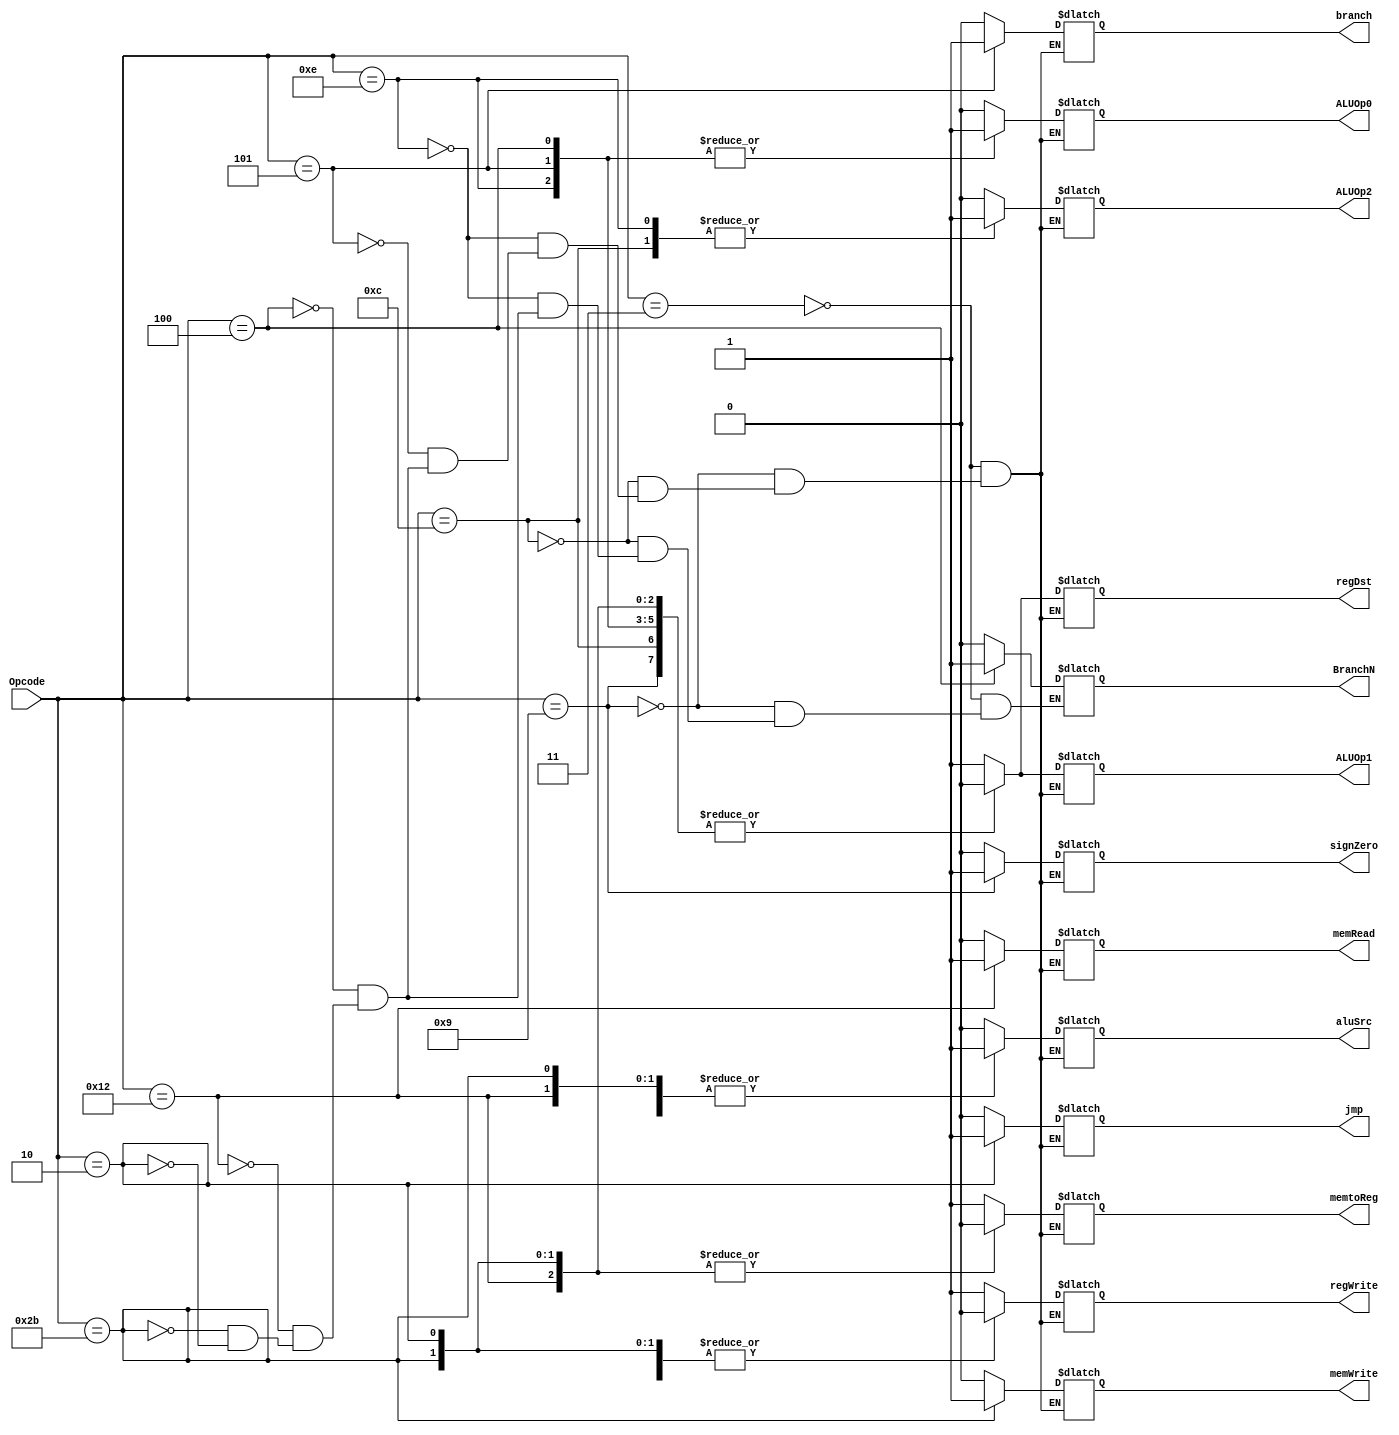
module Control(regDst,aluSrc,memtoReg,regWrite,memRead,
memWrite,branch,BranchN, ALUOp2, ALUOp1, ALUOp0,signZero,jmp, Opcode);

input [5:0] Opcode; 
output reg regDst,aluSrc,memtoReg,regWrite,memRead,
memWrite,branch,BranchN, ALUOp2, ALUOp1, ALUOp0,signZero,jmp;

initial begin 
	jmp=1'b0; //
	branch=1'b0;
	BranchN=1'b0;
end


always @(*)
case(Opcode)

	6'b000011 : begin //R type
		aluSrc= 1'b0; //read data2
		regDst= 1'b1; //use rd in WB
		memtoReg= 1'b1; //alu rsult to register 
		regWrite= 1'b1; //write on register file in WB
		memRead= 1'b0; //don't use data memory 
		memWrite= 1'b0; //don't use data memory 
		branch= 1'b0; //no branch
		BranchN=1'b0; //no branch
		ALUOp2=1'b0;
		ALUOp1=1'b1;
		ALUOp0=1'b0; // ALUOp=010 for R type
		signZero= 1'b0; //no sign
		jmp= 1'b0; //no jump
		end
		
	
	6'b001001 : begin //Addi I type
		aluSrc= 1'b1; //read imm
		regDst= 1'b0; //use rt in WB
		memtoReg= 1'b1; //alu rsult to register 
		regWrite= 1'b1; //write on register file in WB
		memRead= 1'b0; //don't use data memory 
		memWrite= 1'b0; //don't use data memory 
		branch= 1'b0; //no branch
		BranchN=1'b0; //no branch
		ALUOp2=1'b0;
		ALUOp1=1'b0;
		ALUOp0=1'b0; // ALUOp=000 for addi to add
		signZero= 1'b1; //sign
		jmp= 1'b0; //no jump
		end
		
	6'b001100 : begin //andi I type
		aluSrc= 1'b1; //read imm
		regDst= 1'b0; //use rt in WB
		memtoReg= 1'b1; //alu rsult to register 
		regWrite= 1'b1; //write on register file in WB
		memRead= 1'b0; //don't use data memory 
		memWrite= 1'b0; //don't use data memory 
		branch= 1'b0; //no branch
		BranchN=1'b0; //no branch
		ALUOp2=1'b1;
		ALUOp1=1'b0;
		ALUOp0=1'b0; // ALUOp=100 for andi 
		signZero= 1'b0; //no sign
		jmp= 1'b0; //no jump
		end
		
		6'b001110 : begin //ori I type
		aluSrc= 1'b1; //read imm
		regDst= 1'b0; //use rt in WB
		memtoReg= 1'b1; //alu rsult to register 
		regWrite= 1'b1; //write on register file in WB
		memRead= 1'b0; //don't use data memory 
		memWrite= 1'b0; //don't use data memory 
		branch= 1'b0; //no branch
		BranchN=1'b0; //no branch
		ALUOp2=1'b1;
		ALUOp1=1'b0;
		ALUOp0=1'b1; // ALUOp=101 for ori
		signZero= 1'b0; //no sign
		jmp= 1'b0; //no jump
		end
		
	6'b000101 : begin //beq I type
		aluSrc= 1'b0; //read data2
		regDst= 1'b0; //don't care
		memtoReg= 1'b1; //don't care
		regWrite= 1'b0; //don't write on register file in WB
		memRead= 1'b0; //don't use data memory 
		memWrite= 1'b0; //don't use data memory 
		branch= 1'b1; //branch
		ALUOp2=1'b0;
		ALUOp1=1'b0;
		ALUOp0=1'b1; // ALUOp=001 for beq to subtract
		signZero= 1'b0; //sign
		jmp= 1'b0; //no jump
		end
		
		6'b000100 : begin //bnq I type
		aluSrc= 1'b0; //read data2
		regDst= 1'b0; //don't care
		memtoReg= 1'b1; //don't care
		regWrite= 1'b0; //don't write on register file in WB
		memRead= 1'b0; //don't use data memory 
		memWrite= 1'b0; //don't use data memory 
		branch= 1'b0; //branch
		BranchN=1'b1; //no branch
		ALUOp2=1'b0;
		ALUOp1=1'b0;
		ALUOp0=1'b1; // ALUOp=001 for beq to subtract
		signZero= 1'b0; //sign
		jmp= 1'b0; //no jump
		end
		
		6'b010010 : begin //lw I type
		aluSrc= 1'b1; //read imm
		regDst= 1'b0; //use rt in WB
		memtoReg= 1'b0; //rsult from memory to register 
		regWrite= 1'b1; //write on register file in WB
		memRead= 1'b1; //use data memory to read
		memWrite= 1'b0; //don't use data memory 
		branch= 1'b0; //no branch
		BranchN=1'b0; //no branch
		ALUOp2=1'b0;
		ALUOp1=1'b0;
		ALUOp0=1'b0; // ALUOp=000 for LW to add
		signZero= 1'b0; //sign
		jmp= 1'b0; //no jump
		end
		
		6'b101011 : begin //sw I type
		aluSrc= 1'b1; //read imm
		regDst= 1'b0; //dnt care 
		memtoReg= 1'b0; //dnt care
		regWrite= 1'b0; //write on register file in WB
		memRead= 1'b0; //don't use data memory 
		memWrite= 1'b1; //use data memory to write
		branch= 1'b0; //no branch
		BranchN=1'b0; //no branch
		ALUOp2=1'b0;
		ALUOp1=1'b0;
		ALUOp0=1'b0; // ALUOp=000 for SW to add
		signZero= 1'b0; //sign
		jmp= 1'b0; //no jump
		end
		
		6'b000010 : begin //J J type
		aluSrc= 1'b0; //dnt care
		regDst= 1'b0; //dnt care 
		memtoReg= 1'b0; //dnt care
		regWrite= 1'b0; //dnt care
		memRead= 1'b0; //don't use data memory 
		memWrite= 1'b0; //don't use data memory 
		branch= 1'b0; //no branch
		BranchN=1'b0; //no branch
		ALUOp2=1'b0;
		ALUOp1=1'b0;
		ALUOp0=1'b0; //dnt care
		signZero= 1'b0; //sign
		jmp= 1'b1; //jump
		end
		
		/*
		6'b000111 : begin //Jal J type
		aluSrc= 1'b0; //data2
		regDst= 1'b1; //rd
		memtoReg= 1'b1; //
		regWrite= 1'b0; //dnt care
		memRead= 1'b0; //don't use data memory 
		memWrite= 1'b0; //don't use data memory 
		branch= 1'b0; //no branch
		BranchN=1'b0; //no branch
		ALUOp2=1'b0;
		ALUOp1=1'b1;
		ALUOp0=1'b0; // ALUOp=010 for R type
		signZero= 1'b0; //sign
		jmp= 1'b1; //jump
		end
		*/
		
		endcase
		

	
endmodule